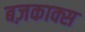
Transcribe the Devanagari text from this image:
बज़काक्स